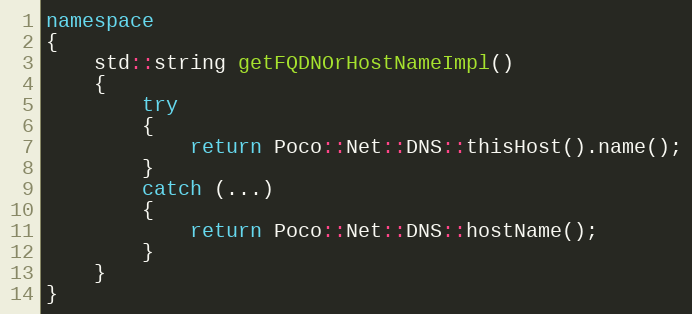
Language: C++
namespace
{
    std::string getFQDNOrHostNameImpl()
    {
        try
        {
            return Poco::Net::DNS::thisHost().name();
        }
        catch (...)
        {
            return Poco::Net::DNS::hostName();
        }
    }
}